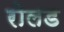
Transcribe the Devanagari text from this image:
रोलड